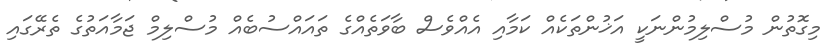
މިގޮތުން މުސްލިމުންނަކީ އަޚުންތަކެއް ކަމާއި އެއްވެސް ބާވަތެއްގެ ތައައްސުބެއް މުސްލިމް ޖަމާއަތުގެ ތެރޭގައި